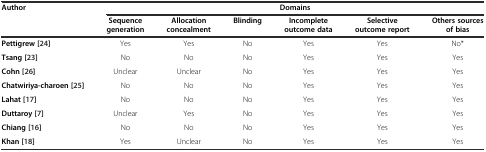
| Author | <COLSPAN=6> Domains |
 |  | Sequence generation | Allocation concealment | Blinding | Incomplete outcome data | Selective outcome report | Others sources of bias |
 | --- | --- | --- | --- | --- | --- | --- |
 | Pettigrew[24] | Yes | Yes | No | Yes | Yes | No* |
 | Tsang[23] | No | No | No | Yes | Yes | Yes |
 | Cohn[26] | Unclear | Unclear | No | Yes | Yes | Yes |
 | Chatwiriya-charoen[[25] | No | No | No | Yes | Yes | Yes |
 | Lahat[17] | No | No | No | Yes | Yes | Yes |
 | Duttaroy[7] | Unclear | Yes | No | Yes | Yes | Yes |
 | Chiang[16] | No | No | No | Yes | Yes | Yes |
 | Khan[18] | Yes | Unclear | No | Yes | Yes | Yes |